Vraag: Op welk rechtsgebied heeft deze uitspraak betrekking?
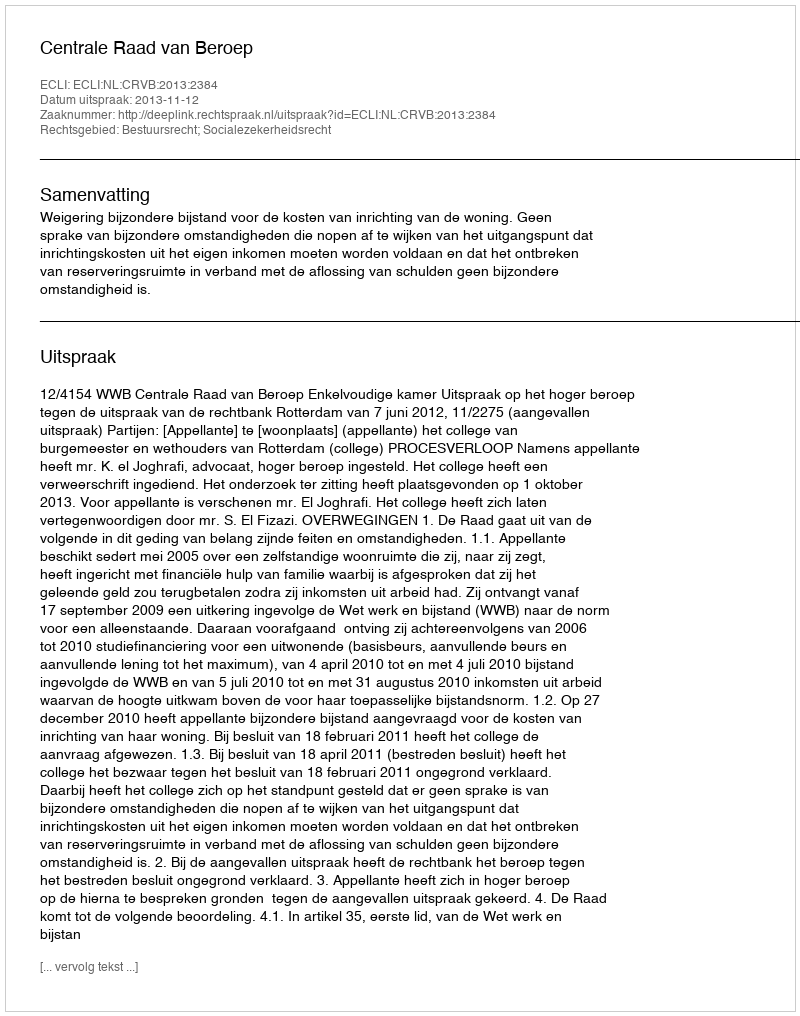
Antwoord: Bestuursrecht; Socialezekerheidsrecht